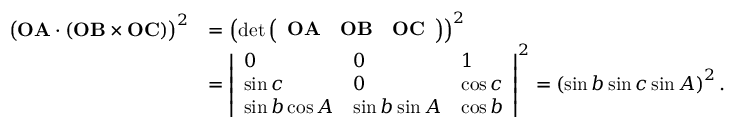
{ \begin{array} { r l } { { \bigl ( } \mathbf { O A } \cdot ( \mathbf { O B } \times \mathbf { O C } ) { \bigr ) } ^ { 2 } } & { = \left( \operatorname* { d e t } { \left( \begin{array} { l l l } { \mathbf { O A } } & { \mathbf { O B } } & { \mathbf { O C } } \end{array} \right) } \right) ^ { 2 } } \\ & { = { \left| \begin{array} { l l l } { 0 } & { 0 } & { 1 } \\ { \sin c } & { 0 } & { \cos c } \\ { \sin b \cos A } & { \sin b \sin A } & { \cos b } \end{array} \right| } ^ { 2 } = \left( \sin b \sin c \sin A \right) ^ { 2 } . } \end{array} }